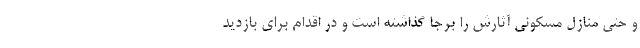
و حتی منازل مسکونی آثارش را برجا گذاشته است و در اقدام برای بازدید